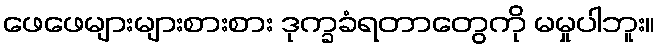
ဖေဖေများများစားစား ဒုက္ခခံရတာတွေကို မမှုပါဘူး။